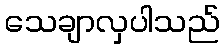
သေချာလှပါသည်